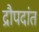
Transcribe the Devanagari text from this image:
द्रौपदांत